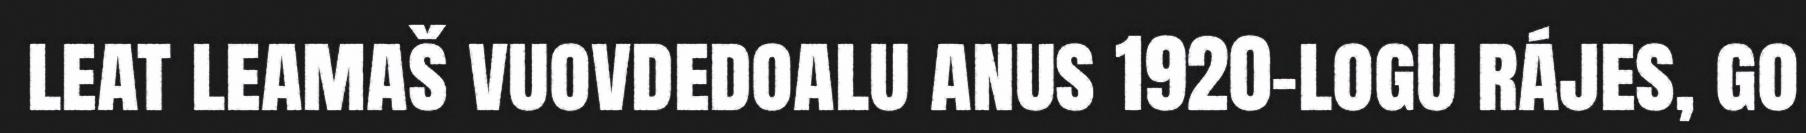
leat leamaš vuovdedoalu anus 1920-logu rájes, go